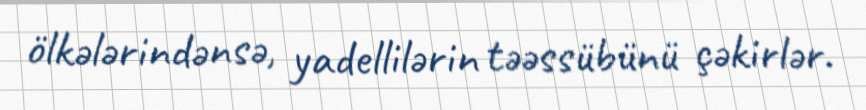
ölkələrindənsə, yadellilərin təəssübünü çəkirlər.